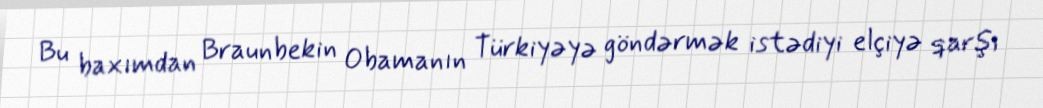
Bu baxımdan Braunbekin Obamanın Türkiyəyə göndərmək istədiyi elçiyə qarşı